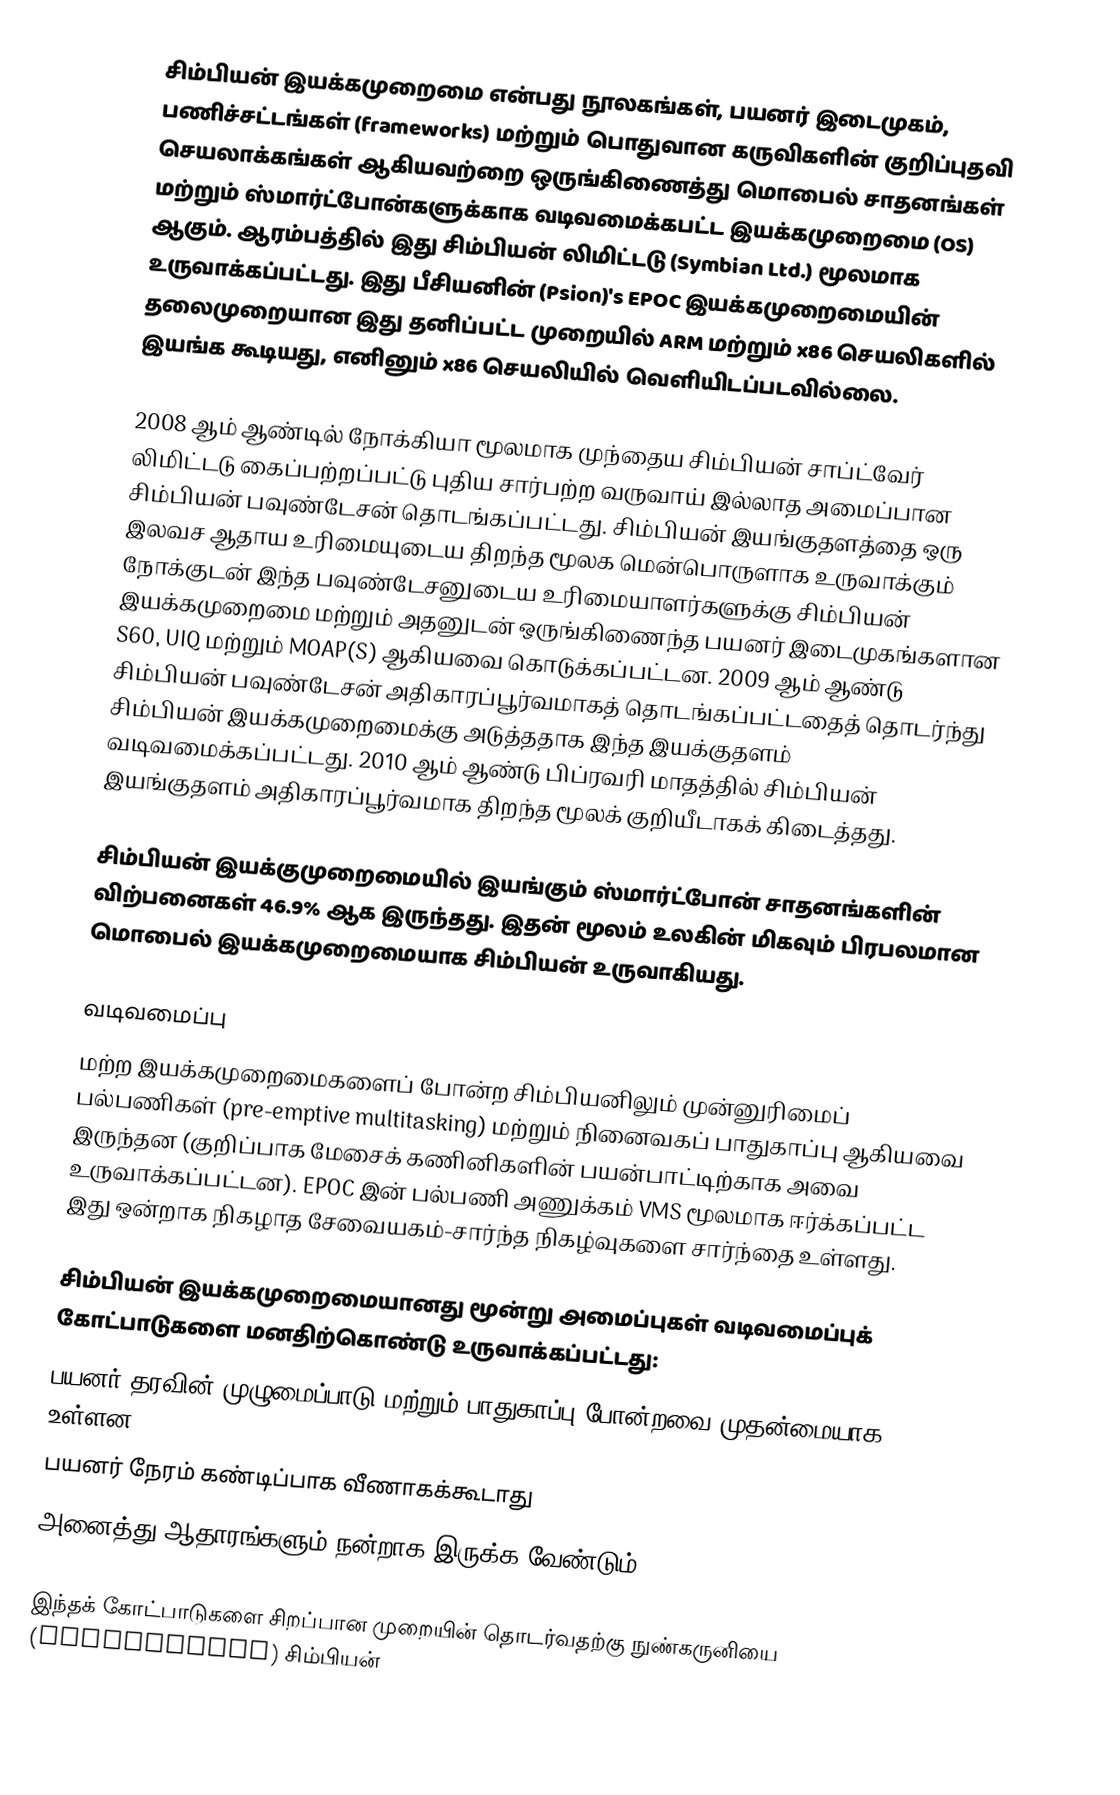
சிம்பியன் இயக்கமுறைமை என்பது நூலகங்கள், பயனர் இடைமுகம், பணிச்சட்டங்கள் (frameworks) மற்றும் பொதுவான கருவிகளின் குறிப்புதவி செயலாக்கங்கள் ஆகியவற்றை ஒருங்கிணைத்து மொபைல் சாதனங்கள் மற்றும் ஸ்மார்ட்போன்களுக்காக வடிவமைக்கபட்ட இயக்கமுறைமை (OS) ஆகும். ஆரம்பத்தில் இது சிம்பியன் லிமிட்டடு (Symbian Ltd.) மூலமாக உருவாக்கப்பட்டது. இது பீசியனின் (Psion)'s EPOC இயக்கமுறைமையின் தலைமுறையான இது தனிப்பட்ட முறையில் ARM மற்றும் x86 செயலிகளில் இயங்க கூடியது, எனினும் x86 செயலியில் வெளியிடப்படவில்லை.

2008 ஆம் ஆண்டில் நோக்கியா மூலமாக முந்தைய சிம்பியன் சாப்ட்வேர் லிமிட்டடு கைப்பற்றப்பட்டு புதிய சார்பற்ற வருவாய் இல்லாத அமைப்பான சிம்பியன் பவுண்டேசன் தொடங்கப்பட்டது. சிம்பியன் இயங்குதளத்தை ஒரு இலவச ஆதாய உரிமையுடைய திறந்த மூலக மென்பொருளாக உருவாக்கும் நோக்குடன் இந்த பவுண்டேசனுடைய உரிமையாளர்களுக்கு சிம்பியன் இயக்கமுறைமை  மற்றும் அதனுடன் ஒருங்கிணைந்த பயனர் இடைமுகங்களான S60, UIQ மற்றும் MOAP(S) ஆகியவை கொடுக்கப்பட்டன. 2009 ஆம் ஆண்டு சிம்பியன் பவுண்டேசன் அதிகாரப்பூர்வமாகத் தொடங்கப்பட்டதைத் தொடர்ந்து சிம்பியன் இயக்கமுறைமைக்கு அடுத்ததாக இந்த இயக்குதளம் வடிவமைக்கப்பட்டது. 2010 ஆம் ஆண்டு பிப்ரவரி மாதத்தில் சிம்பியன் இயங்குதளம் அதிகாரப்பூர்வமாக திறந்த மூலக் குறியீடாகக் கிடைத்தது.

சிம்பியன் இயக்குமுறைமையில் இயங்கும் ஸ்மார்ட்போன் சாதனங்களின் விற்பனைகள் 46.9% ஆக இருந்தது. இதன் மூலம் உலகின் மிகவும் பிரபலமான மொபைல் இயக்கமுறைமையாக சிம்பியன் உருவாகியது.

வடிவமைப்பு
மற்ற இயக்கமுறைமைகளைப் போன்ற சிம்பியனிலும் முன்னுரிமைப் பல்பணிகள் (pre-emptive multitasking) மற்றும் நினைவகப் பாதுகாப்பு ஆகியவை இருந்தன (குறிப்பாக மேசைக் கணினிகளின் பயன்பாட்டிற்காக அவை உருவாக்கப்பட்டன). EPOC இன் பல்பணி அணுக்கம் VMS மூலமாக ஈர்க்கப்பட்ட இது ஒன்றாக நிகழாத சேவையகம்-சார்ந்த நிகழ்வுகளை சார்ந்தை உள்ளது.

சிம்பியன் இயக்கமுறைமையானது மூன்று அமைப்புகள் வடிவமைப்புக் கோட்பாடுகளை மனதிற்கொண்டு உருவாக்கப்பட்டது:
 பயனர் தரவின் முழுமைப்பாடு மற்றும் பாதுகாப்பு போன்றவை முதன்மையாக உள்ளன,
 பயனர் நேரம் கண்டிப்பாக வீணாகக்கூடாது
 அனைத்து ஆதாரங்களும் நன்றாக இருக்க வேண்டும்.

இந்தக் கோட்பாடுகளை சிறப்பான முறையின் தொடர்வதற்கு நுண்கருனியை (microkernel) சிம்பியன்